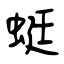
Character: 蜓